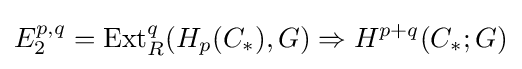
E_{2}^{p,q}=\operatorname {Ext} _{R}^{q}(H_{p}(C_{*}),G)\Rightarrow H^{p+q}(C_{*};G)